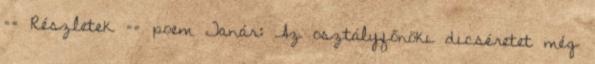
== Részletek == poem Tanár: Az osztályfőnöki dicséretet még